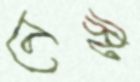
নেস্ট